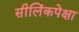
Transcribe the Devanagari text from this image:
सीलिंकपेक्षा